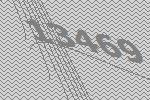
13469